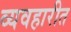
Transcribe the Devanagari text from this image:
व्यवहारीत